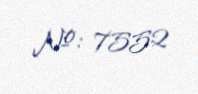
№: 7552